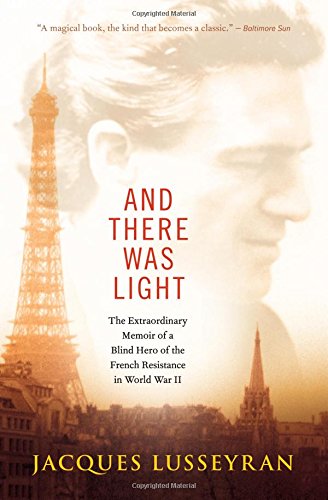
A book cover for And There Was Light: The Extraordinary Memoir of a Blind Hero of the French Resistance in World War II; Jacques Lusseyran; History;